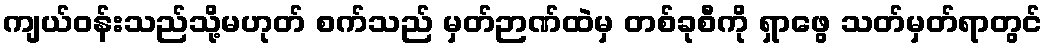
ကျယ်ဝန်းသည်သို့မဟုတ် စက်သည် မှတ်ဉာဏ်ထဲမှ တစ်ခုစီကို ရှာဖွေ သတ်မှတ်ရာတွင်